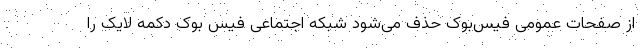
از صفحات عمومی فیس‌بوک حذف می‌شود شبکه اجتماعی فیس بوک دکمه لایک را